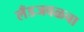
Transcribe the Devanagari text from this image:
लँडजवळचा